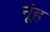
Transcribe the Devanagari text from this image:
नूंह